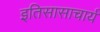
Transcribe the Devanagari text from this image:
इतिसासाचार्य